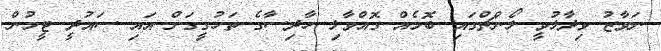
ނަވާޒު ވިދާޅުވީ ލޯންޗްގައި ބޮމެއް ގޮއްވާލި ހާދިސާގެ ތަހުގީގަށް އައި ސައުދީ ޓީމުން